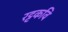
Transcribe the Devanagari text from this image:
रट्टकवि